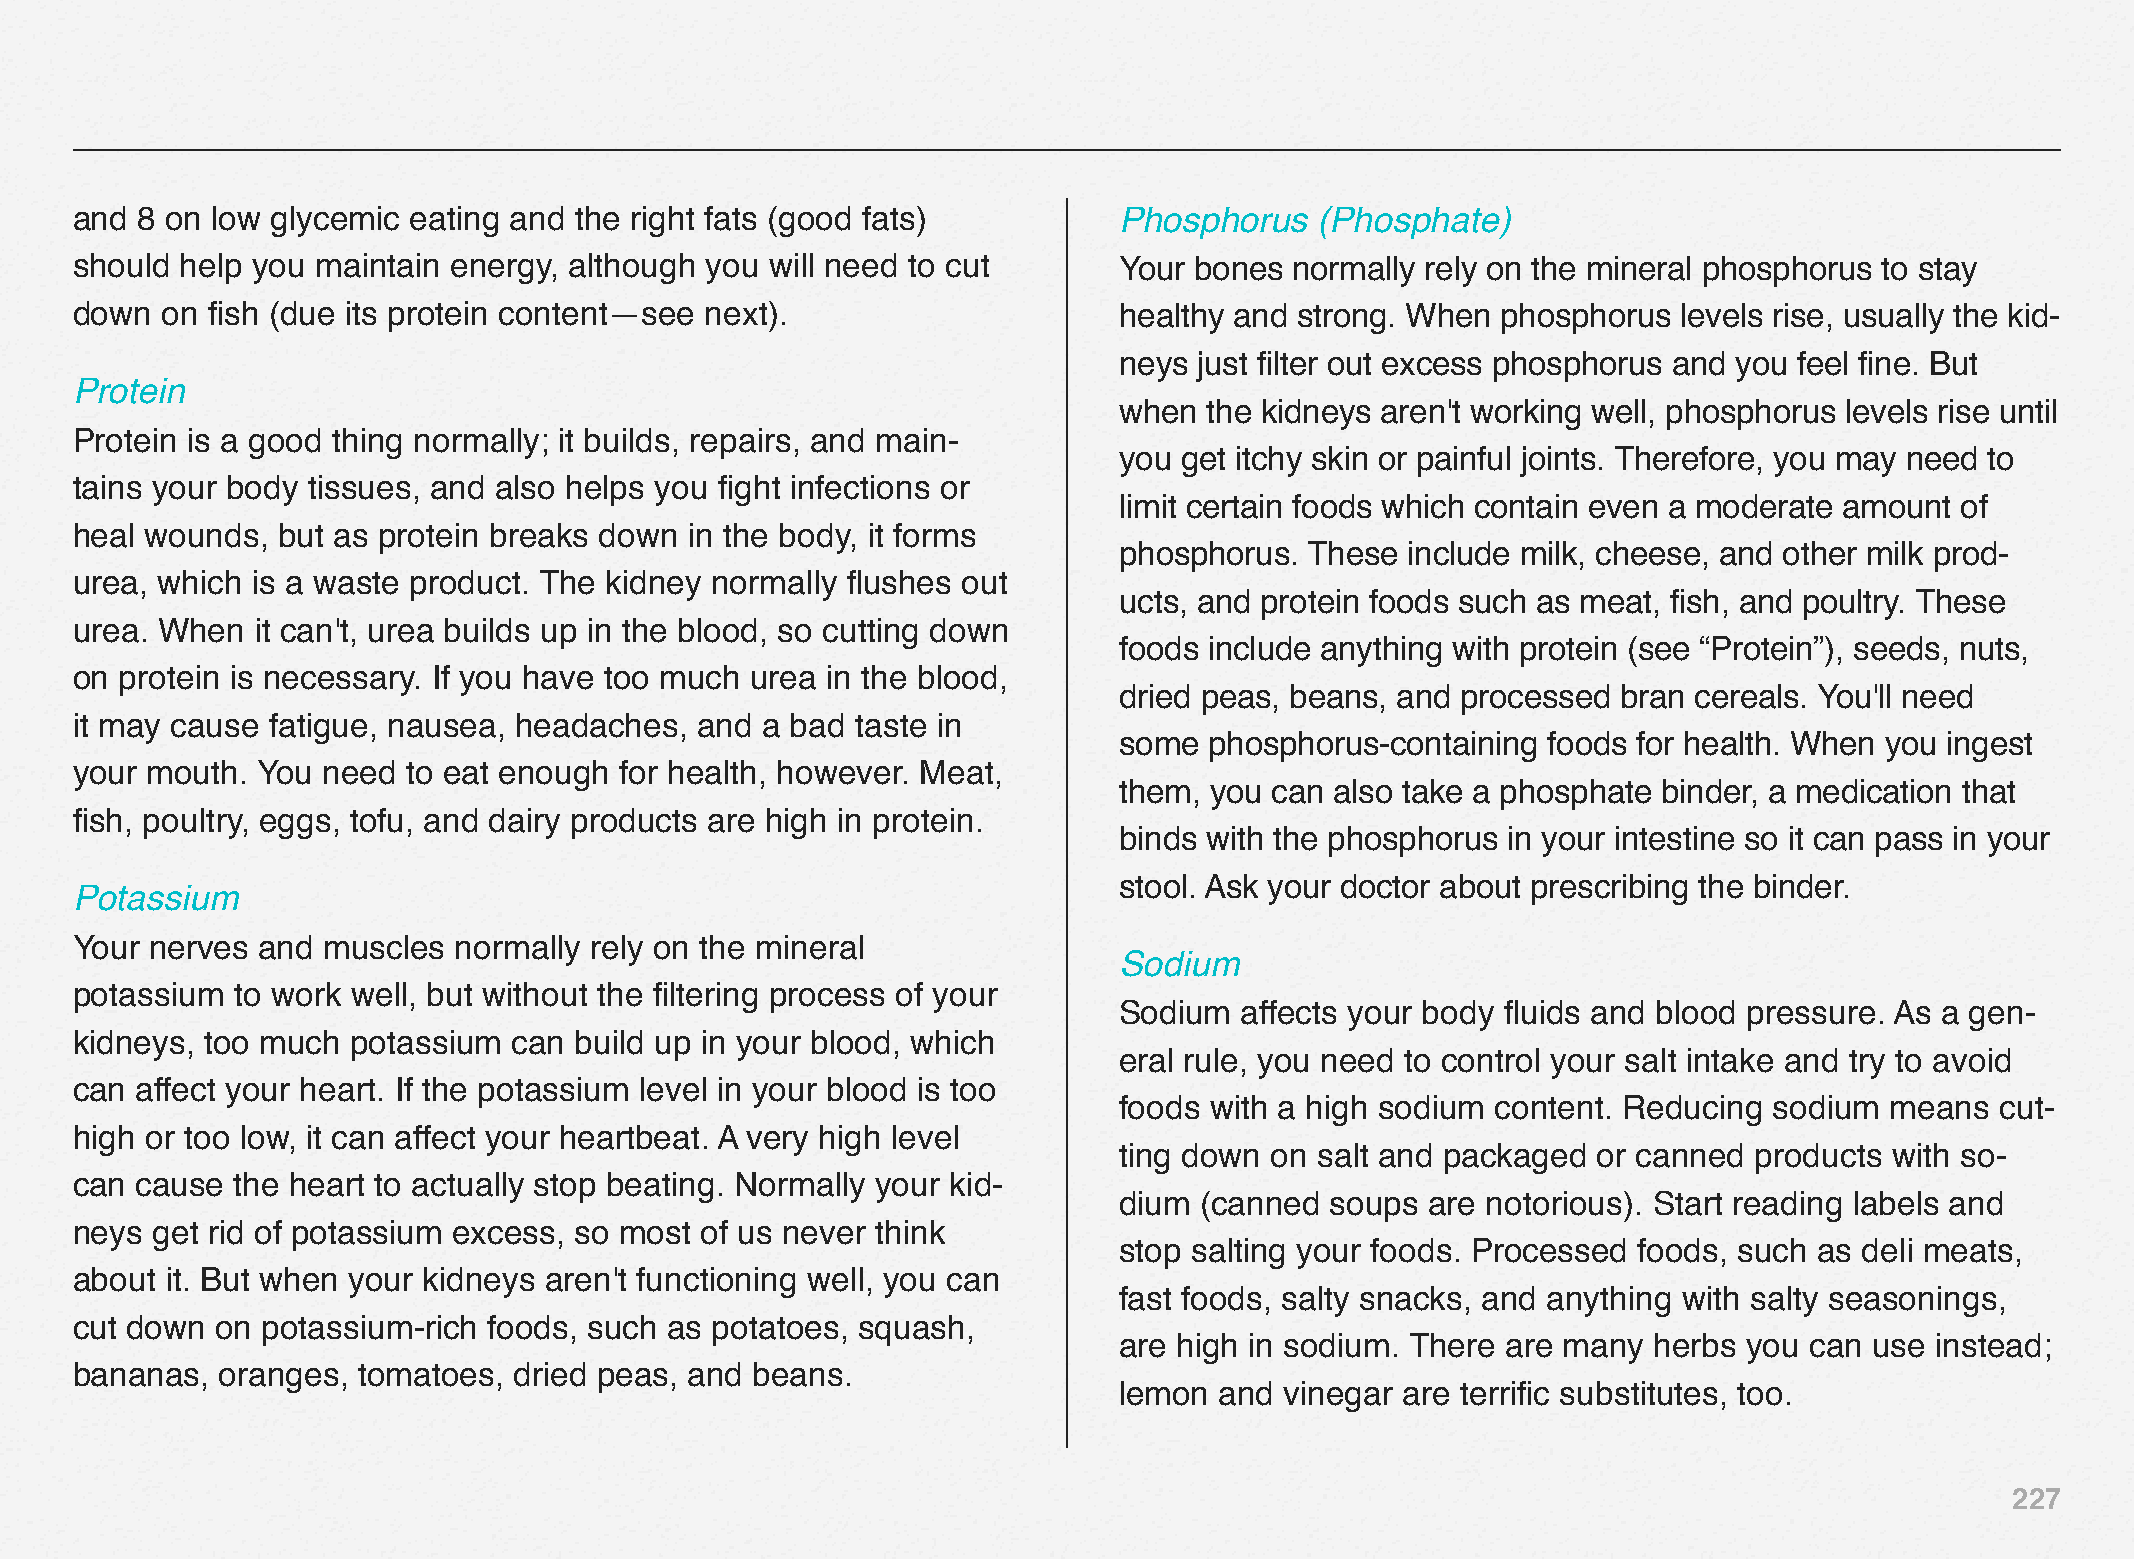
and 8 on low glycemic eating and the right fats (good fats)          Phosphorus   (Phosphate)
 should help you maintain energy, although you will need to cut       Your bones  normally rely on the mineral phosphorus to stay
 down  on fish (due its protein content—see next).                    healthy and strong. When phosphorus  levels rise, usually the kid-
 neys just filter out excess phosphorus and you feel fine. But
 Protein
 when  the kidneys aren't working well, phosphorus levels rise until
 Protein is a good thing normally; it builds, repairs, and main-
 you get itchy skin or painful joints. Therefore, you may need to
 tains your body tissues, and also helps you fight infections or
 limit certain foods which contain even a moderate amount of
 heal wounds, but as protein breaks down  in the body, it forms
 phosphorus.  These include milk, cheese, and other milk prod-
 urea, which is a waste product. The kidney normally flushes out
 ucts, and protein foods such as meat, fish, and poultry. These
 urea. When  it can't, urea builds up in the blood, so cutting down
 foods include anything with protein (see “Protein”), seeds, nuts,
 on protein is necessary. If you have too much urea in the blood,
 dried peas, beans, and processed bran cereals. You'll need
 it may cause fatigue, nausea, headaches, and a bad  taste in
 some  phosphorus-containing foods for health. When you ingest
 your mouth. You need  to eat enough for health, however. Meat,
 them, you can also take a phosphate binder, a medication that
 fish, poultry, eggs, tofu, and dairy products are high in protein.
 binds with the phosphorus in your intestine so it can pass in your
 stool. Ask your doctor about prescribing the binder.
 Potassium
 Your nerves and muscles  normally rely on the mineral
 Sodium
 potassium to work well, but without the filtering process of your
 Sodium  affects your body fluids and blood pressure. As a gen-
 kidneys, too much potassium  can build up in your blood, which
 eral rule, you need to control your salt intake and try to avoid
 can affect your heart. If the potassium level in your blood is too
 foods with a high sodium content. Reducing sodium  means  cut-
 high or too low, it can affect your heartbeat. A very high level
 ting down on salt and packaged  or canned products with so-
 can cause  the heart to actually stop beating. Normally your kid-
 dium (canned  soups  are notorious). Start reading labels and
 neys get rid of potassium excess, so most of us never think
 stop salting your foods. Processed foods, such as deli meats,
 about it. But when your kidneys aren't functioning well, you can
 fast foods, salty snacks, and anything with salty seasonings,
 cut down on potassium-rich foods, such as potatoes, squash,
 are high in sodium. There are many herbs  you can use instead;
 bananas,  oranges, tomatoes, dried peas, and beans.
 lemon  and vinegar are terrific substitutes, too.
 227